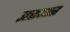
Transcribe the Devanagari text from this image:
उतरावयास